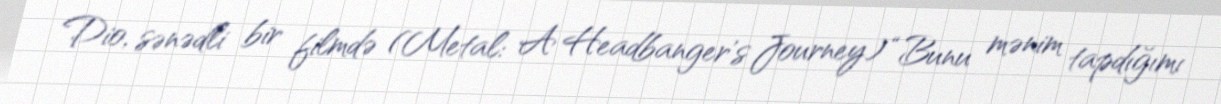
Dio, sənədli bir filmdə (Metal: A Headbanger's Journey) “Bunu mənim tapdığımı